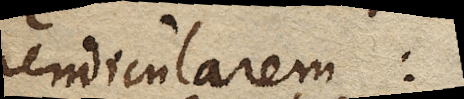
pendicularem: